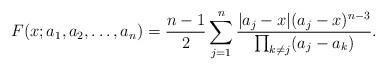
LaTeX: \begin{align*}F(x;a_1,a_2,\ldots,a_n) = \frac{n-1}{2} \sum_{j=1}^n \frac{|a_j-x|(a_j-x)^{n-3}}{\prod_{k \neq j}(a_j-a_k)}. \end{align*}